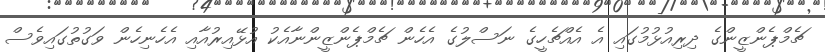
ޗެމްޕެންޒީންގެ ދިރިއުޅުމުގައި އެ އެއްޗެހީގެ ނަސްލުގެ އެހެން ޗެމްޕެންޒީންނާއެކު އުޅޭއިރުއާއި އެހެނިހެން ވަގުތުގައިވެސް